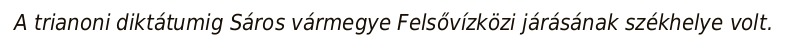
A trianoni diktátumig Sáros vármegye Felsővízközi járásának székhelye volt.